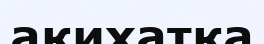
ақихатқа